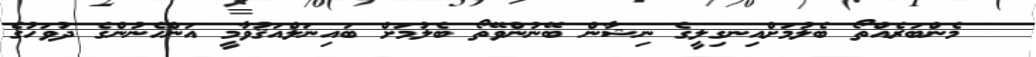
@ މެންބަރެއްތޯ ބެލުމަށްއިނގިލީގެ ނިޝާން ބޭނުންވޭތޯ ބެލުމަށް ބައިނަލްއަޤުވާމީ އަންހެނުންގެ ދުވަހުގެ